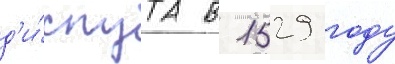
д'и́спута в 1529 году